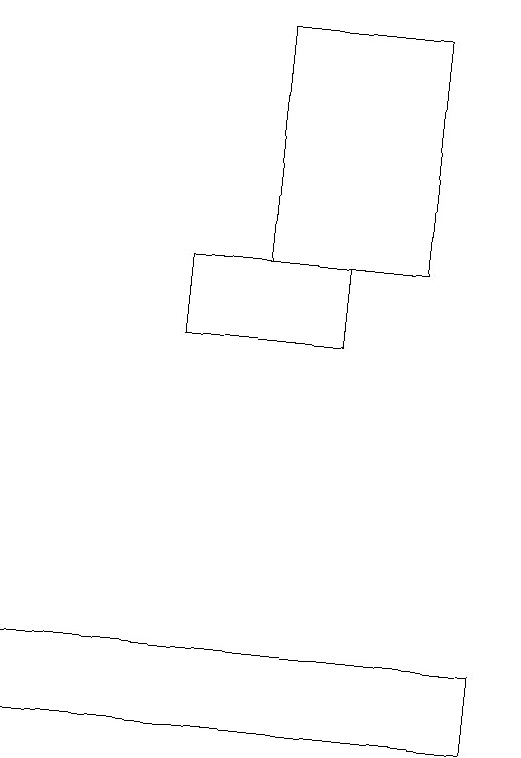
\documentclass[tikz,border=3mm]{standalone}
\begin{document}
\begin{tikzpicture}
\draw (2,11) rectangle (8,10);
\draw (7,16) rectangle (5,19);
\draw (6,16) rectangle (4,15);
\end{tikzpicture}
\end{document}